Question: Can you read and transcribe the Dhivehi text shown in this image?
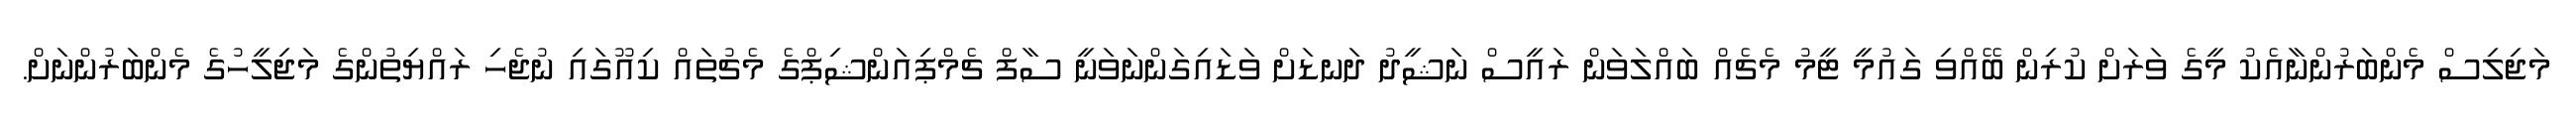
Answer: މަޖިލިސް މެންބަރުންނާއެކު މީގެ ވަރަށް ކުރިން ބޭއްވި ގައުމީ ޓީމު މެޗެއް ބައްލަވަން ރައީސް ނަޝީދު ދަނޑަށް ވަޑައިގަންނަވަނީ ސާފް ޗެމްޕިއަންޝިޕްގެ މެޗުތައް ކިއޫގައި ނުޖެހި ރައްޔިތުންގެ މަޖިލީހުގެ މެންބަރުންނަށް.